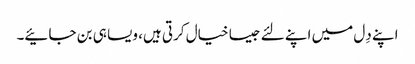
اپنے دِل میں اپنے لئے جیسا خیال کرتی ہیں، ویسا ہی بن جائیے۔